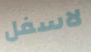
لاسفل